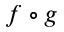
f \circ g